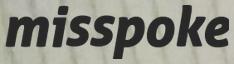
misspoke